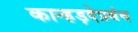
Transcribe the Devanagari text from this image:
कान्हड़देप्रबंध